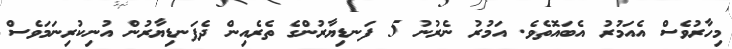
މިހާރުވެސް އެއަމުރު އެބައޮތެވެ. އަމުރު ނެރުނު 5 ފަނޑިޔާރުންގެ ތެރެއިން ދެފަނޑިޔާރުން އުނިކުރިނަމަވެސް